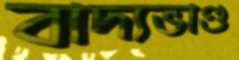
বাদ্যভাণ্ড